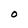
Character: O